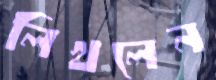
লিখলেন